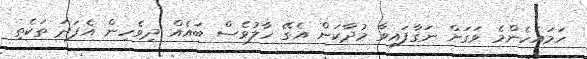
ހަމައެހެންމެ ވަގަށް ނަގާފައިވާ މުދާކަން އެގޭ ހާލުވެސް ބައެެއް ދިވެހިން އެފަދަ ތަކެތި